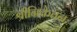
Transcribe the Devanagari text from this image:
श्रीनिकेतनः